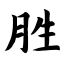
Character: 胜